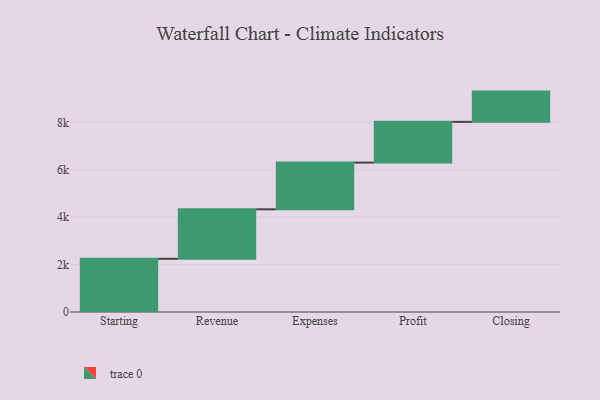
{"axis": {"x": "Step", "y": "Value"}, "legend": [""], "data": [{"x": "Starting", "y": 2246.0, "type": ""}, {"x": "Revenue", "y": 2087.0, "type": ""}, {"x": "Expenses", "y": 1971.0, "type": ""}, {"x": "Profit", "y": 1720.0, "type": ""}, {"x": "Closing", "y": 1277.0, "type": ""}]}